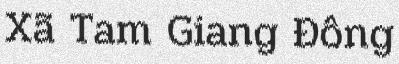
Xã Tam Giang Đông